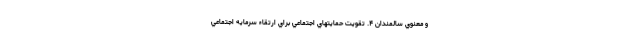
و معنوي سالمندان ۴. تقويت حمايتهاي اجتماعي براي ارتقاء سرمايه اجتماعي